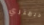
ديمتري